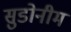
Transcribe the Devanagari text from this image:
सुडोनीम